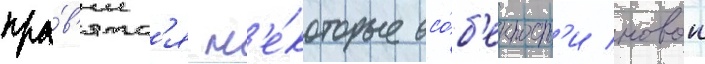
нра́в'ятс'я н'е́которые осо́б'енност'и новои